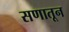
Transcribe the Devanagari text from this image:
सणातून